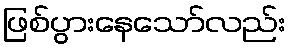
ဖြစ်ပွားနေသော်လည်း